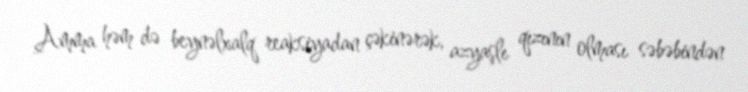
Amma həm də beynəlxalq reaksiyadan çəkinərək, azyaşlı qızının olması səbəbindən